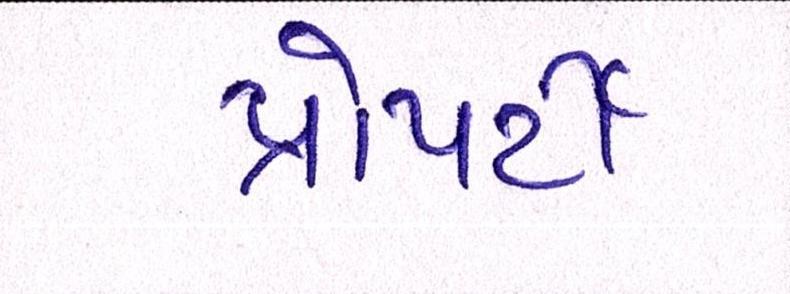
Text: પ્રોપર્ટી